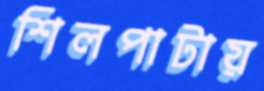
শিলপাটায়